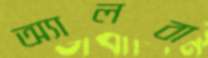
অ্যালবা